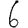
Digit: 6